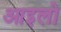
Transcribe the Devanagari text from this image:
आइलो